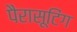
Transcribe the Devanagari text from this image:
पैरासूटिंग